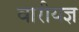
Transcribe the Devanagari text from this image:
वारीयज्ञ